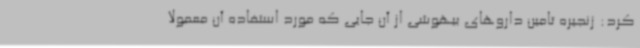
کرد: زنجیره تامین داروهای بیهوشی از آن جایی که مورد استفاده آن معمولا